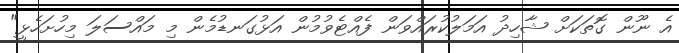
އެ ނޫން ގޮތަކަށް ޝާހިދު އަމަލުކުރައްވަން ފެއްޓެވުމުން އަޅުގަނޑުމެން މި މައްސަލަ މިހުށަހެޅީ"